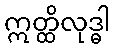
ဣတ္ထိလုဒ္ဓါ